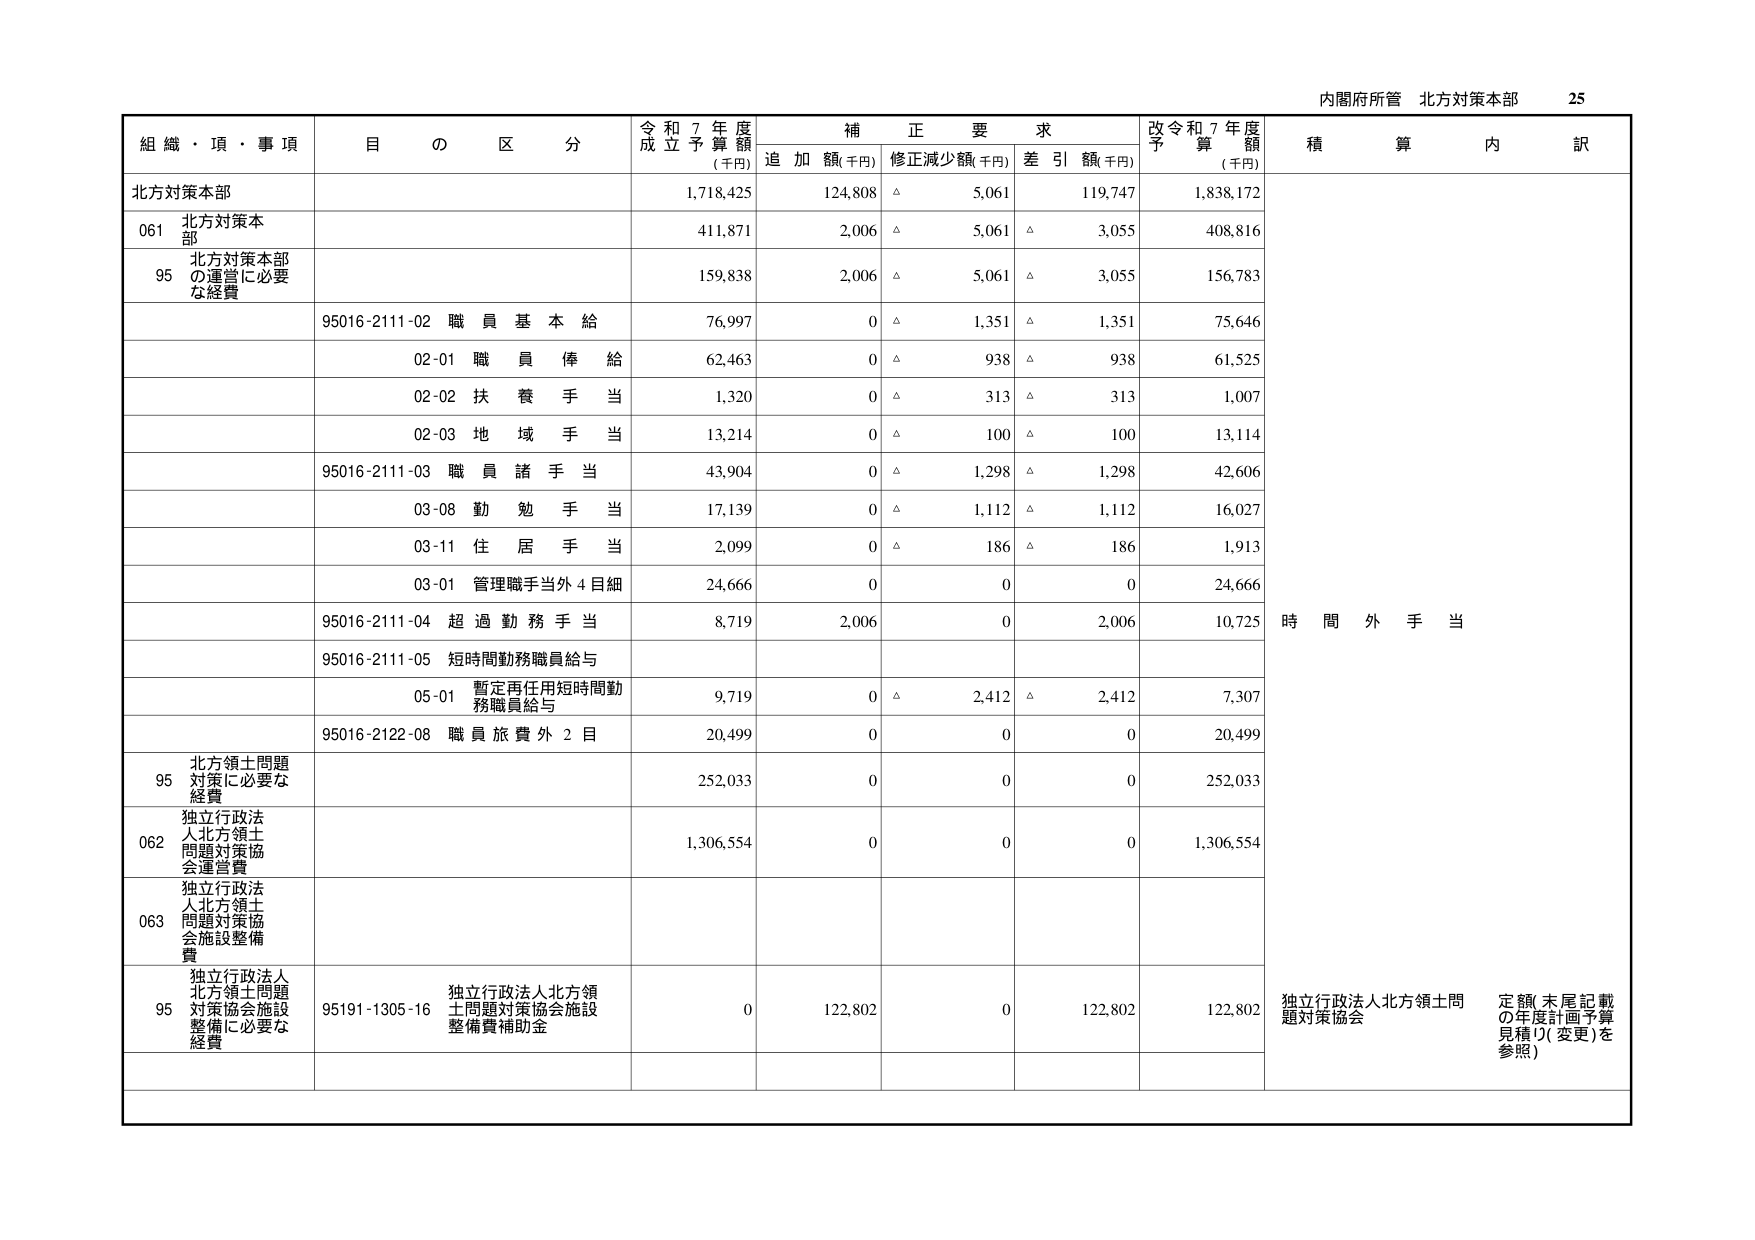
内閣府所管 北方対策本部 25

組織・項・事項 目の区分 令和7年度成立予算額(千円) 補正要求 追加額(千円) 修正減少額(千円) 差引額(千円) 改令和7年度予算額(千円) 積算内訳

北方対策本部 1,718,425 124,808 △ 5,061 119,747 1,838,172

061 北方対策本部 411,871 2,006 △ 5,061 △ 3,055 408,816

95 北方対策本部の運営に必要な経費 159,838 2,006 △ 5,061 △ 3,055 156,783

95016-2111-02 職員基本給 76,997 0 △ 1,351 △ 1,351 75,646

02-01 職員俸給 62,463 0 △ 938 △ 938 61,525

02-02 扶養手当 1,320 0 △ 313 △ 313 1,007

02-03 地域手当 13,214 0 △ 100 △ 100 13,114

95016-2111-03 職員諸手当 43,904 0 △ 1,298 △ 1,298 42,606

03-08 勤勉手当 17,139 0 △ 1,112 △ 1,112 16,027

03-11 住居手当 2,099 0 △ 186 △ 186 1,913

03-01 管理職手当外4目細 24,666 0 0 0 24,666

95016-2111-04 超過勤務手当 8,719 2,006 0 2,006 10,725 時間外手当

95016-2111-05 短時間勤務職員給与

05-01 暫定再任用短時間勤務職員給与 9,719 0 △ 2,412 △ 2,412 7,307

95016-2122-08 職員旅費外2目 20,499 0 0 0 20,499

95 北方領土問題対策に必要な経費 252,033 0 0 0 252,033

062 独立行政法人北方領土問題対策協会運営費 1,306,554 0 0 0 1,306,554

063 独立行政法人北方領土問題対策協会施設整備費

95 独立行政法人北方領土問題対策協会施設整備に必要な経費 95191-1305-16 独立行政法人北方領土問題対策協会施設整備費補助金 0 122,802 0 122,802 122,802 独立行政法人北方領土問題対策協会 定額(末尾記載の年度計画予算見積り(変更)を参照)